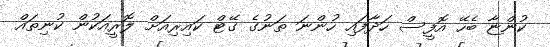
ކުންޏާ ބެހޭ އޮފީސް ހަދާފައި ހުންނަ ތަނުގެ ގޭޓް ކައިރިއަށް ލޮރީއަކުން ކުނިތައް